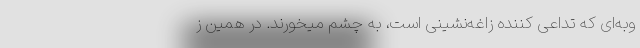
وبه‌ای که تداعی کننده‌ زاغه‌‌نشینی است، به چشم میخورند. در همین ز